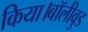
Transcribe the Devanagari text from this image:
किया।बॉलीवुड